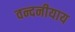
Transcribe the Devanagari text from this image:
वन्दनीयाय